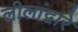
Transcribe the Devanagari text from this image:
लीलांद्वारे